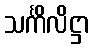
သင်္ကိလိဋ္ဌာ